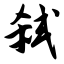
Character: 弑